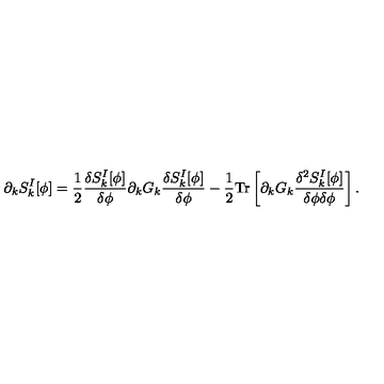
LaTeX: \partial _ { k } S _ { k } ^ { I } [ \phi ] = { \frac { 1 } { 2 } } { \frac { \delta S _ { k } ^ { I } [ \phi ] } { \delta \phi } } \partial _ { k } G _ { k } { \frac { \delta S _ { k } ^ { I } [ \phi ] } { \delta \phi } } - { \frac { 1 } { 2 } } { \mathrm { T r } } \left[ \partial _ { k } G _ { k } { \frac { \delta ^ { 2 } S _ { k } ^ { I } [ \phi ] } { \delta \phi \delta \phi } } \right] .